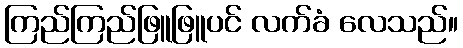
ကြည်ကြည်ဖြူဖြူပင် လက်ခံ လေသည်။